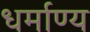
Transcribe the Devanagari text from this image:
धर्माण्य